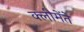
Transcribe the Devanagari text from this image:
क्लीमेंते